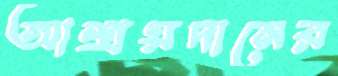
আশ্রয়দানের